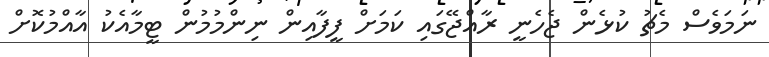
ނަމަވެސް މެޗު ކުޅެން ޖެހެނީ ރާއްޖޭގައި ކަމަށް ފީފާއިން ނިންމުމުން ޓީމާއެކު އާއްމުކޮށް